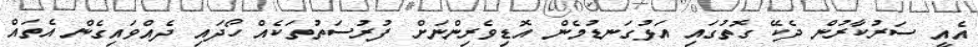
އެއީ ސަރުކާރުން ދެކޭ ގޮތުގައި އަޅުގަނޑުމެން އޮޑިވެރިންނަށް ފުރުސަތުތަކެއް ހޯދައި ދެއްވައިގެން އެތައް